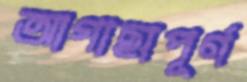
আগাছাপূর্ণ